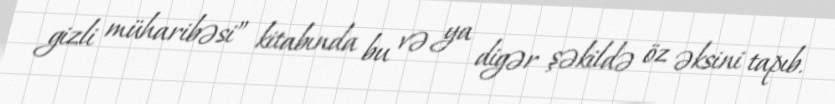
gizli müharibəsi” kitabında bu və ya digər şəkildə öz əksini tapıb.